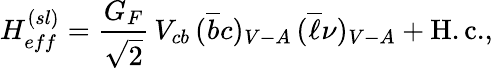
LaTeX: H_{eff}^{(sl)}=\frac{G_{F}}{\sqrt{2}}\, V_{cb}\, (\overline{{b}}c)_{V-A}\, (\overline{{\ell}}\nu)_{V-A}+\mathrm{H.c.},\,